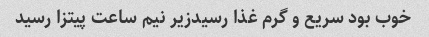
خوب بود سریع و گرم غذا رسیدزیر نیم ساعت پیتزا رسید